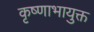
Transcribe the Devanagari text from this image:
कृष्णाभायुक्त